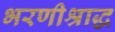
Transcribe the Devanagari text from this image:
भरणीश्राद्ध